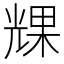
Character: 𠒪